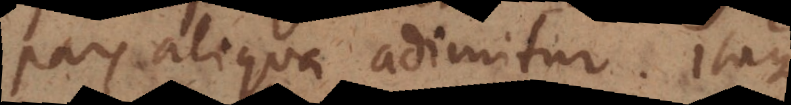
pars aliqua adimitur. Itaque